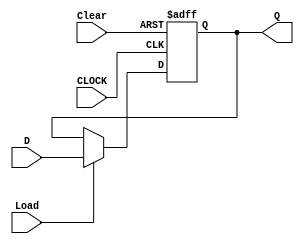
module n_REG(CLOCK, Load, Clear, D, Q);
	parameter n = 8;
	input	CLOCK;
	input	Load, Clear;
	input	[n-1:0] D;
	output	reg [n-1:0] Q;
	
	always @ (posedge CLOCK, posedge Clear)
	begin
		if(Clear)	Q = 0;
		else
		begin
			if(Load)	Q = D;
			else		Q = Q;
		end
	end
endmodule